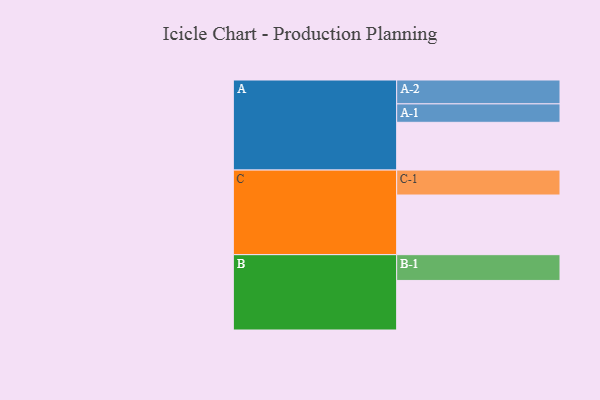
{"axis": {"x": "Segment", "y": "Value"}, "legend": ["", "A", "B", "C"], "data": [{"x": "A", "y": 402, "type": ""}, {"x": "B", "y": 417, "type": ""}, {"x": "C", "y": 502, "type": ""}, {"x": "A-1", "y": 155, "type": "A"}, {"x": "A-2", "y": 201, "type": "A"}, {"x": "B-1", "y": 217, "type": "B"}, {"x": "C-1", "y": 210, "type": "C"}]}